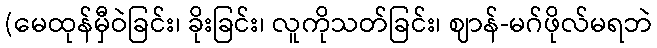
(မေထုန်မှီဝဲခြင်း၊ ခိုးခြင်း၊ လူကိုသတ်ခြင်း၊ ဈာန်-မဂ်ဖိုလ်မရဘဲ